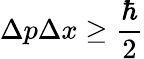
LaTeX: \Delta p\Delta x\geq{\frac{\hbar}{2}}